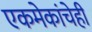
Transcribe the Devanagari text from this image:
एकमेकांचेही